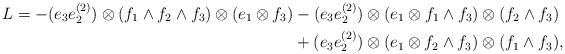
LaTeX: \begin{align*}L = -(e_3e_2^{(2)}) \otimes (f_1 \wedge f_2 \wedge f_3) \otimes (e_1 \otimes f_3) & - (e_3e_2^{(2)}) \otimes (e_1 \otimes f_1 \wedge f_3) \otimes (f_2 \wedge f_3) \\&+ (e_3e_2^{(2)}) \otimes (e_1 \otimes f_2 \wedge f_3) \otimes (f_1 \wedge f_3),\\\end{align*}